Annual report of the Punjab Veterinary College and of the Civil Veterinary Department, Punjab - 1909-1919
Year: 1909
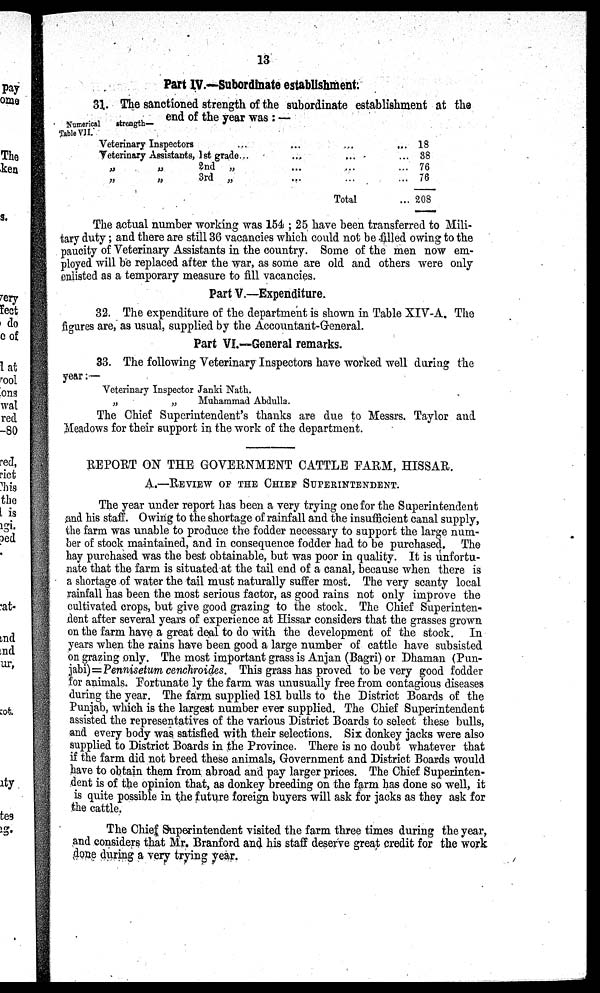
13
Part IV.—Subordinate establishment.
Numerical
strength-
Table VII.
31. The sanctioned strength of the subordinate establishment at the
end of the year was : —
Veterinary Inspectors.........
Veterinary Assistants, 1st grade.. ...
... ...
„ „ 2nd „.. ... ...
„
„
3rd „..
...
...
Total ...
18
38
76
76
208
The actual number working was 154; 25 have been transferred to Mili-
tary duty; and there are still 36 vacancies which could not be filled owing to the
paucity of Veterinary Assistants in the country. Some of the men now em-
ployed will be replaced after the war, as some are old and others were only
enlisted as a temporary measure to fill vacancies.
Part V.—Expenditure,
32. The expenditure of the department is shown in Table XIV-A. The
figures are, as usual, supplied by the Accountant-General.
Part VI.—General remarks.
33. The following Veterinary Inspectors have worked well during the
year:—
Veterinary Inspector Janki Nath.
„
„
Muhammad Abdulla.
The Chief Superintendent's thanks are due to Messrs. Taylor and
Meadows for their support in the work of the department.
REPORT ON THE GOVERNMENT CATTLE FARM, HISSAR.
A.—REVIEW OF THE CHIEF SUPERINTENDENT.
The year under report has been a very trying one for the Superintendent
and his staff. Owing to the shortage of rainfall and the insufficient canal supply,
the farm was unable to produce the fodder necessary to support the large num-
ber of stock maintained, and in consequence fodder had to be purchased. The
hay purchased was the best obtainable, but was poor in quality. It is unfortu-
nate that the farm is situated at the tail end of a canal, because when there is
a shortage of water the tail must naturally suffer most. The very scanty local
rainfall has been the most serious factor, as good rains not only improve the
cultivated crops, but give good grazing to the stock. The Chief Superinten-
dent after several years of experience at Hissar considers that the grasses grown
on the farm have a great deal to do with the development of the stock. In
years when the rains have been good a large number of cattle have subsisted
on grazing only. The most important grass is Anjan (Bagri) or Dhaman (Pun-
jabi)=Pennisetum cenchroides. This grass has proved to be very good fodder
for animals. Fortunate ly the farm was unusually free from contagious diseases
during the year. The farm supplied 181 bulls to the District Boards of the
Punjab, which is the largest number ever supplied. The Chief Superintendent
assisted the representatives of the various District Boards to select these bulls,
and every body was satisfied with their selections. Six donkey jacks were also
supplied to District Boards in the Province. There is no doubt whatever that
if the farm did not breed these animals, Government and District Boards would
have to obtain them from abroad and pay larger prices. The Chief Superinten-
dent is of the opinion that, as donkey breeding on the farm has done so well, it
is quite possible in the future foreign buyers will ask for jacks as they ask for
the cattle.
The Chief Superintendent visited the farm three times during the year,
and considers that Mr. Branford and his staff deserve great credit for the work
done during a very trying year.